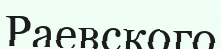
Раевского